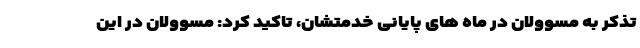
تذکر به مسوولان در ماه های پایانی خدمتشان، تاکید کرد: مسوولان در این